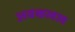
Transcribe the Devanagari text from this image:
अवकलल